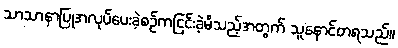
သာသာနာပြုအလုပ်ပေးခဲ့စဉ်ကငြင်းခဲ့မိသည့်အတွက် သူနောင်တရသည်။